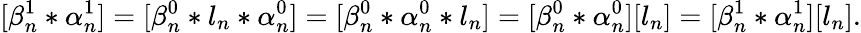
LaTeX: [\beta_{n}^{1}*\alpha_{n}^{1}]=[\beta_{n}^{0}*l_{n}*\alpha_{n}^{0}]=[\beta_{n}^{0}*\alpha_{n}^{0}*l_{n}]=[\beta_{n}^{0}*\alpha_{n}^{0}][l_{n}]=[\beta_{n}^{1}*\alpha_{n}^{1}][l_{n}].